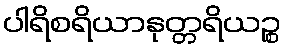
ပါရိစရိယာနုတ္တရိယဉ္စ